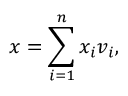
x = \sum _ { i = 1 } ^ { n } x _ { i } v _ { i } ,